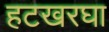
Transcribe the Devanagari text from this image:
हटखरघा